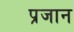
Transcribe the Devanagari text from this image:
प्रजान